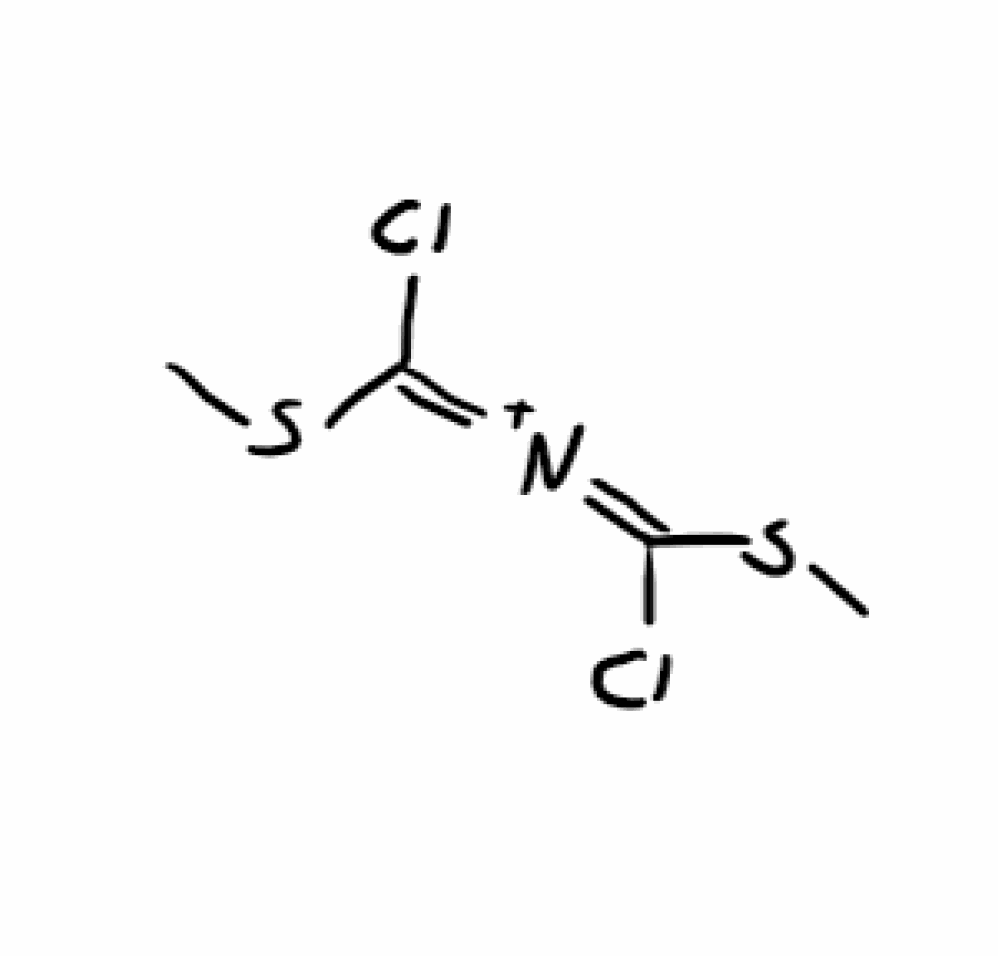
Simplified molecular-input line-entry system (SMILES) notation of the given molecule:
CSC(=[N+]=C(SC)Cl)Cl